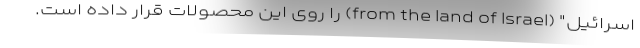
اسرائیل" (from the land of Israel) را روی این محصولات قرار داده است.